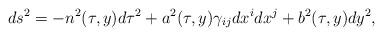
LaTeX: \begin{align*}ds^{2}=-n^{2}(\tau,y) d\tau^{2}+a^{2}(\tau,y)\gamma_{ij}dx^{i}dx^{j}+b^{2}(\tau,y)dy^{2},\end{align*}